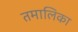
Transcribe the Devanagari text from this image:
तमालिका